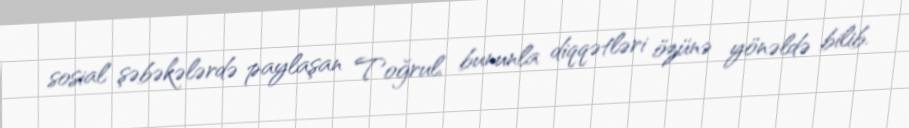
sosial şəbəkələrdə paylaşan Toğrul, bununla diqqətləri özünə yönəldə bilib.